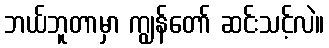
ဘယ်ဘူတာမှာ ကျွန်တော် ဆင်းသင့်လဲ။